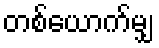
တစ်ယောက်မျှ